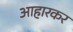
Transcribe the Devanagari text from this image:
आहारकर